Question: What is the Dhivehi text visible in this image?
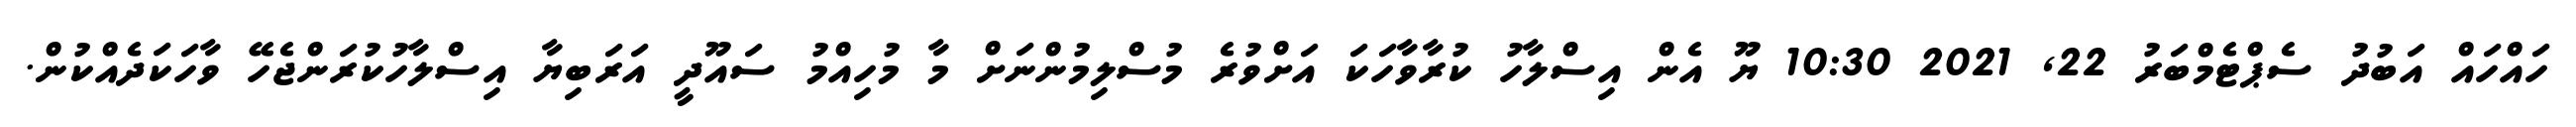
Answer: ހައްހައް އަބުދު ސެޕްޓެމްބަރު 22, 2021 10:30 ޔޫ އެން އިސްލާހު ކުރާވާހަކަ އަށްވުރެ މުސްލިމުންނަށް މާ މުހިއްމު ސައޫދީ އަރަބިޔާ އިސްލާހުކުރަންޖެހޭ ވާހަކަދެއްކުން.